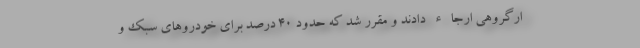
ارگروهی ارجاء دادند و مقرر شد كه حدود ٤٠ درصد برای خودروهای سبک و